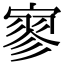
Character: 寥